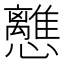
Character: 𢥗